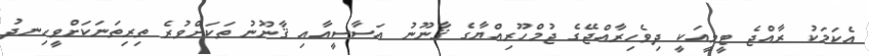
އެކަމަކު ރާއްޖެ ޓީވީއަކީ ދިވެހިރާއްޖޭގެ ޖުމްހޫރިއްޔާގެ ޤާނޫނު އަސާސީއާއި ޤާނޫނު ތަކަށްވުރެ ތިރިތަނަކަށްވީހިނދު